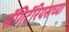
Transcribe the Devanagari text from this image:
सॅगिटॅरियसच्या